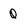
Character: 0